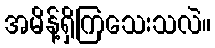
အမိန့်ရှိကြသေးသလဲ။